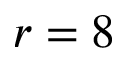
r = 8